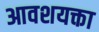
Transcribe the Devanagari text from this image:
आवशयक्ता